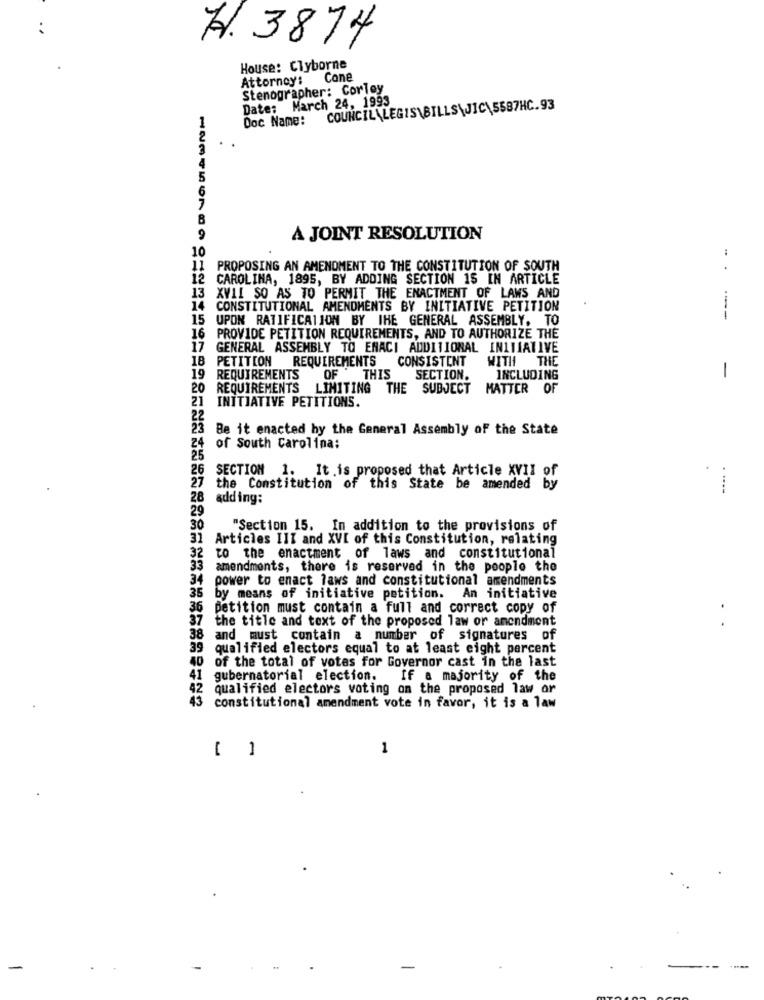
H. 3874
House: Clyborne
Attorney: Cone
Stenographer: Corley
Date: March 24, 1993
COUNCILALEGIS\BILLS\JIC\5587HC. 93
Doc Name:
4
5
6
8
9
A JOINT RESOLUTION
10
PROPOSING AN AMENDMENT TO THE CONSTITUTION OF SOUTH
12 CAROLINA, 1895, BY ADDING SECTION 15 IN ARTICLE
13 XVII SO AS TO PERMIT THE ENACTMENT OF LAWS AND
14
CONSTITUTIONAL AMENDMENTS BY INITIATIVE PETITION
15
UPON RATIFICATION BY THE GENERAL ASSEMBLY, TO
----
16 PROVIDE PETITION REQUIREMENTS, AND TO AUTHORIZE THE
17
GENERAL ASSEMBLY TO ENACI ADDITIONAL INITIATIVE
18
PETITION REQUIREMENTS CONSISTENT
WITH THE
19
REQUIREMENTS OF THIS SECTION.
INCLUDING
-
20 REQUIREMENTS LIMITING THE SUBJECT MATTER OF
21
INITIATIVE PETITIONS.
22
23 Be it enacted hy the General Assembly of the State
24 of South Carolina:
25
26 SECTION 1. It is proposed that Article XVII of
27 the Constitution of this State be amended by
28 adding:
29
30
"Section 15. In addition to the provisions of
31 Articles III and XVI of this Constitution, relating
32 to the enactment of laws and constitutional
33 amendments, there is reserved in the people the
34 power to enact laws and constitutional amendments
35 by means of initiative petition. An initiative
36
petition must contain a full and correct copy of
37
the title and text of the proposed law or amendment
..
38
and must contain a number of signatures of
39
qualified electors equal to at least eight percent
40
of the total of votes for Governor cast in the last
41
gubernatorial election. If a majority of the
qualified electors voting on the proposed law or
45
constitutional amendment vote in favor, it is a law
1
-